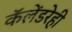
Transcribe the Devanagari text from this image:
कॅलेंडरेही